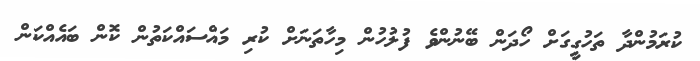
ކުރަމުންދާ ތަހުގީގަށް ހޯދަން ބޭނުންވެ ފުލުހުން މިހާތަނަށް ކުރި މައްސައްކަތުން ކޮން ބައެއްކަން